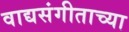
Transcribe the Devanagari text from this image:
वाद्यसंगीताच्या